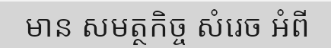
មាន សមត្ថកិច្ច សំរេច អំពី